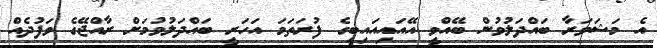
އެ މަޝަވަރާ ބައްދަލުވުން ބޭއްވީ އޭއައިއައިބީގެ ފުރަތަމަ އަހަރީ ބައްދަލުވުމަށް ރާއްޖޭގެ ވަފުދެއް